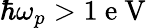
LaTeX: \hbar\omega_{p}>1\mathrm{~e~V~}